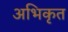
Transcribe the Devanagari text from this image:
अभिकृत